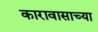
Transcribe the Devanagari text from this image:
कारावासाच्या